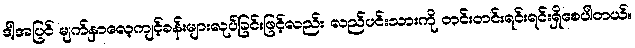
ဒါ့အပြင် မျက်နှာလေ့ကျင့်ခန်းများလုပ်ခြင်းဖြင့်လည်း လည်ပင်းသားကို တင်းတင်းရင်းရင်းရှိစေပါတယ်။